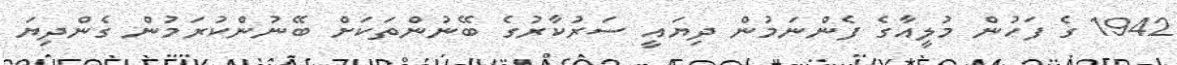
1942 ގެ ފަހުން މުލީއާގެ ފެންނަމުން ދިޔައީ ސަރުކާރުގެ ބޭނުންތަކަށް ބޭނުންކުރަމުން ގެންދިޔަ